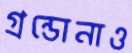
গ্রন্ডোনাও